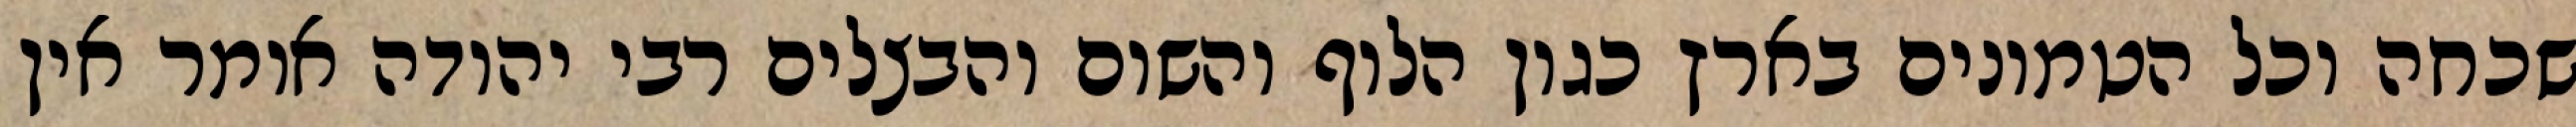
שכחה וכל הטמונים בארץ כגון הלוף והשום והבצלים רבי יהודה אומר אין